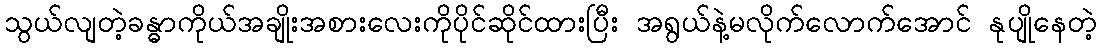
သွယ်လျတဲ့ခန္ဓာကိုယ်အချိုးအစားလေးကိုပိုင်ဆိုင်ထားပြီး အရွယ်နဲ့မလိုက်လောက်အောင် နုပျိုနေတဲ့